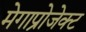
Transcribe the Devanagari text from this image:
मेगाप्रोजेक्ट